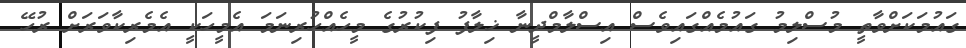
ގައުމަކަށްވާތީ މުސްލިމު ގައުމެއްގައިވެސް އިސްލާމްދީނާ ޚިލާފު ފިކުރުގެ މީހެއްހުރިނަމަ އެމީހަކީ އެމެރިކާވަރަށް ރުހޭ